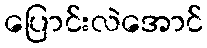
ပြောင်းလဲအောင်